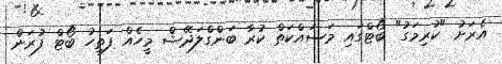
އެރަށު "ކުރިމަގު" ބޯޓްގައި މަސައްކަތް ކުރާ ބަންގްލަދޭޝް މީހެއް ފަތިހު ބޯޓް ފުރަން